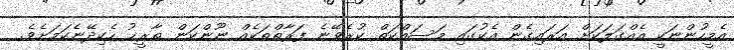
އެމީހުންނަކީ އެއްގަލަކަށް އަރައިގެން އެކުގައި މަސައްކަތް ކުރެވޭނެ ފަރާތްތަކެއް ނޫންކަން ތާރީޚު ހެކިދޭނެކަމަށެވެ.